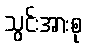
သွင်းအားစု